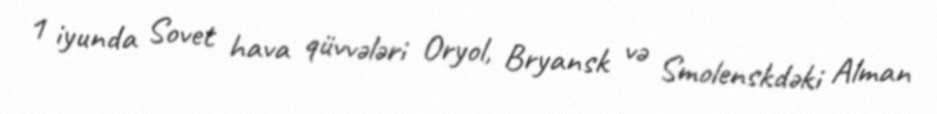
1 iyunda Sovet hava qüvvələri Oryol, Bryansk və Smolenskdəki Alman